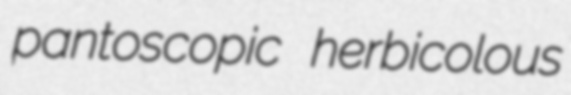
pantoscopic herbicolous